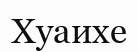
Хуаихе